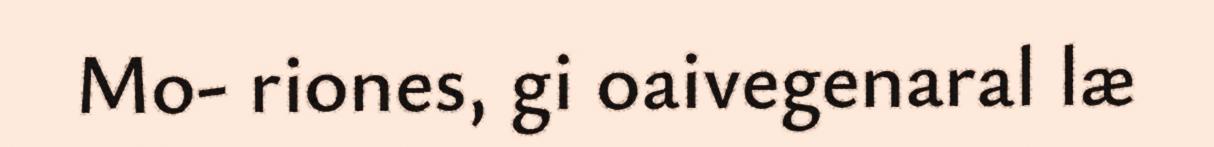
Mo- riones, gi oaivegenaral læ